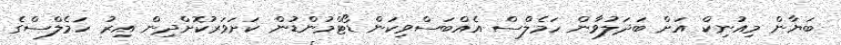
ބަޔާން މިއުނިކް އަށް ބަދަލުވާން ހަމެލްސް އެއްބަސްވިކަން ޑޯޓްމުންޑުން ކަށަވަރުކޮށްދިން އިރު ހަމެލްސްގެ